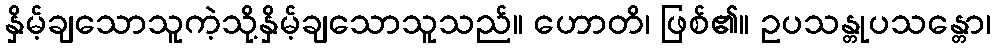
နှိမ့်ချသောသူကဲ့သို့နှိမ့်ချသောသူသည်။ ဟောတိ၊ ဖြစ်၏။ ဥပသန္တုပသန္တော၊